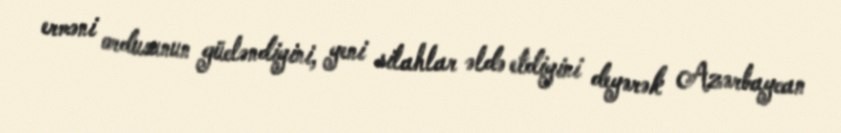
erməni ordusunun gücləndiyini, yeni silahlar əldə etdiyini deyərək Azərbaycan